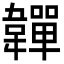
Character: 𩏥